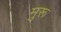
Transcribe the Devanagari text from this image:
मुरू